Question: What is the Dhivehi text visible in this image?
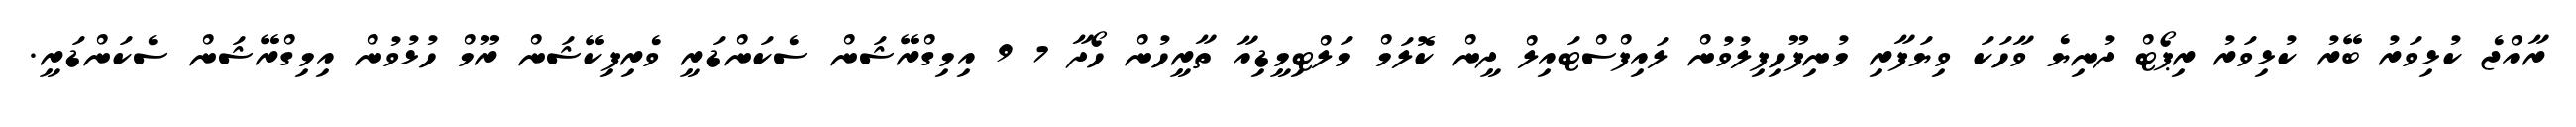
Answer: ރާއްޖެ ކުޅިވަރު ބޭރު ކުޅިވަރު ރިޕޯޓް ދުނިޔެ ވާހަކަ ވިޔަފާރި މުނިފޫހިފިލުވުން ލައިފްސްޓައިލް ދީން ކޮލަމް މަލްޓިމީޑިއާ ތާރީހުން ހޯދާ 7 9 އިމިގްރޭޝަން ސެކަންޑަރީ ވެރިފިކޭޝަން ރޫމް ހުޅުވުން އިމިގްރޭޝަން ސެކަންޑަރީ.